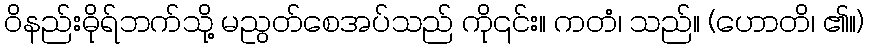
ဝိနည်းဓိုရ်ဘက်သို့ မညွတ်စေအပ်သည် ကို၎င်း။ ကတံ၊ သည်။ (ဟောတိ၊ ၏။)